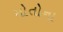
મોતોના